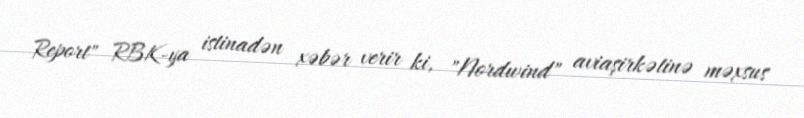
Report" RBK-ya istinadən xəbər verir ki, "Nordwind" aviaşirkətinə məxsus